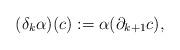
LaTeX: \begin{align*}(\delta_k \alpha)(c) : = \alpha(\partial_{k+1} c),\end{align*}